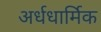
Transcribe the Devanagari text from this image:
अर्धधार्मिक